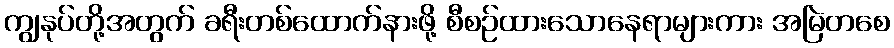
ကျွနုပ်တို့အတွက် ခရီးတစ်ထောက်နားဖို့ စီစဉ်ထားသောနေရာများကား အမြဲတစေ